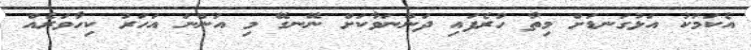
އެކަމަކު އަޅުގަނޑަށް މިތާ ހުރެފައި ދަންނަަވާކަށް ނޭނގޭ މި އަންނަ އަހަރު ކިހާވަރެއް